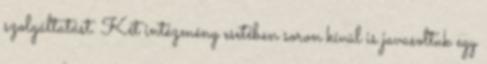
szolgáltatást. Két intézmény esetében soron kívül is javasoltuk egy